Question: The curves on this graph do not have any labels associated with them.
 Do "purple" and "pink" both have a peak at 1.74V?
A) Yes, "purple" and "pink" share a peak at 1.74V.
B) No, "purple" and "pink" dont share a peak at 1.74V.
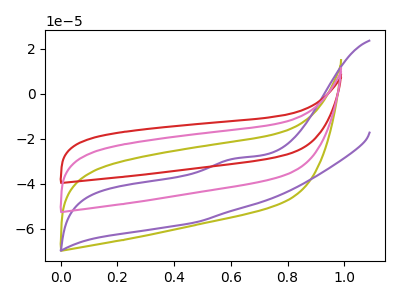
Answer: <think>The olive curve "olive" has no peaks. The purple curve "purple" has an anodic peak at: (0.60V, -28.65uA). The red curve "red" has no peaks. The pink curve "pink" has no peaks.</think>
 <answer>B) No, "purple" and "pink" dont share a peak at 1.74V.</answer>
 <eval>B</eval>